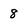
Character: 8